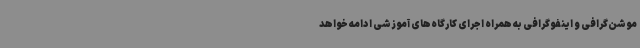
موشن‌گرافی و اینفوگرافی به همراه اجرای کارگاه‌های آموزشی ادامه خواهد